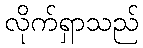
လိုက်ရှာသည်